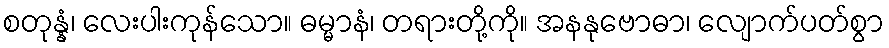
စတုန္နံ၊ လေးပါးကုန်သော။ ဓမ္မာနံ၊ တရားတို့ကို။ အနနုဗောဓာ၊ လျောက်ပတ်စွာ